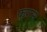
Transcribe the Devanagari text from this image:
फगन